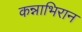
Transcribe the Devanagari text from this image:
कन्नाभिरान